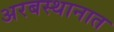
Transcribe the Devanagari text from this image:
अरबस्थानात